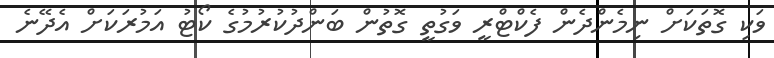
ވަކި ގޮތަކަށް ނިމެންދެން ފެކްޓްރީ ވަގުތީ ގޮތުން ބަންދުކުރުމުގެ ކޯޓު އަމުރަކަށް އެދޭނެ